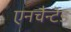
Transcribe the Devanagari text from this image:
एनचैन्टेड